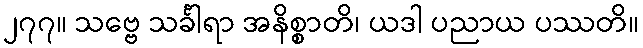
၂၇၇။ သဗ္ဗေ သင်္ခါရာ အနိစ္စာတိ၊ ယဒါ ပညာယ ပဿတိ။